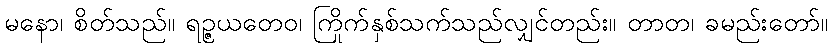
မနော၊ စိတ်သည်။ ရဉ္ဇယတေဝ၊ ကြိုက်နှစ်သက်သည်လျှင်တည်း။ တာတ၊ ခမည်းတော်။